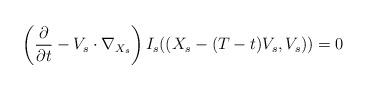
LaTeX: \begin{align*} \left( \frac{\partial}{\partial t} - V_s \cdot \nabla_{X_s}\right)I_s ( (X_s - (T-t)V_s,V_s)) = 0\end{align*}